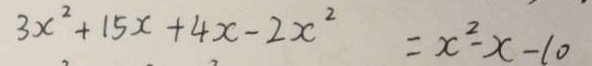
3 x ^ { 2 } + 1 5 x + 4 x - 2 x ^ { 2 } = x ^ { 2 } - x - 1 0